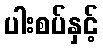
ပါးစပ်နှင့်